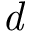
\textit { d }